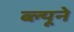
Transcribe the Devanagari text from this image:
ब्ल्यूने